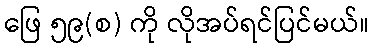
ဖြေ ၅၉(စ) ကို လိုအပ်ရင်ပြင်မယ်။